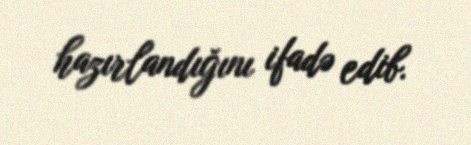
hazırlandığını ifadə edib.